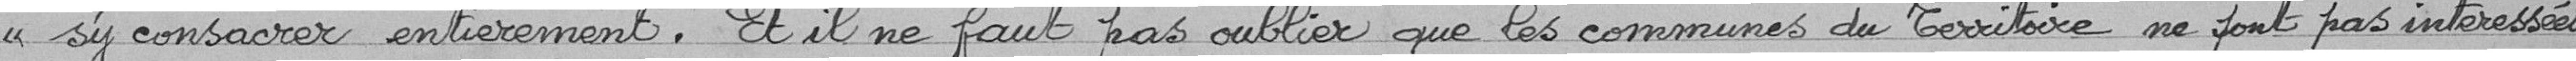
"s'y consacrer entièrement. Et il ne faut pas oublier que les communes du territoire ne sont pas intéressées